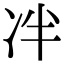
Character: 冸